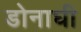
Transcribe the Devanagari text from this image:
डोनाघी